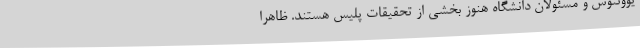
یوونتوس و مسئولان دانشگاه هنوز بخشی از تحقیقات پلیس هستند. ظاهرا